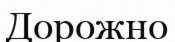
Дорожно